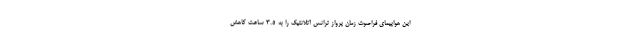
این هواپیمای فراصوت زمان پرواز ترانس آتلانتیک را به 3.5 ساعت کاهش